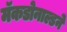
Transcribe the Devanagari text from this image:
मॅकडोनाल्डने